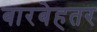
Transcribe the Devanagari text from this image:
बारबेहतर